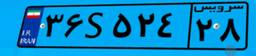
۷۱S۶۲۶۲۵